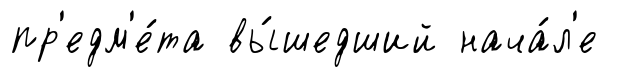
пр'едм'е́та вы́шедший нача́л'е